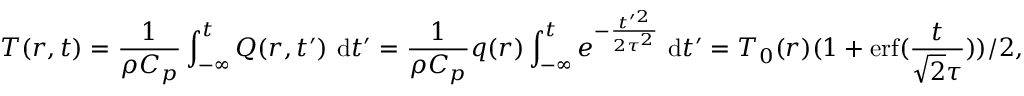
T ( \boldsymbol { r } , t ) = \frac { 1 } { \rho C _ { p } } \int _ { - \infty } ^ { t } Q ( \boldsymbol { r } , t ^ { \prime } ) \mathrm { ~ d } t ^ { \prime } = \frac { 1 } { \rho C _ { p } } q ( \boldsymbol { r } ) \int _ { - \infty } ^ { t } e ^ { - \frac { t ^ { \prime 2 } } { 2 \tau ^ { 2 } } } \mathrm { ~ d } t ^ { \prime } = T _ { 0 } ( \boldsymbol { r } ) ( 1 + \mathrm { e r f } ( \frac { t } { \sqrt { 2 } \tau } ) ) / 2 ,